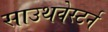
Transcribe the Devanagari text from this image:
साउथवेस्टर्न